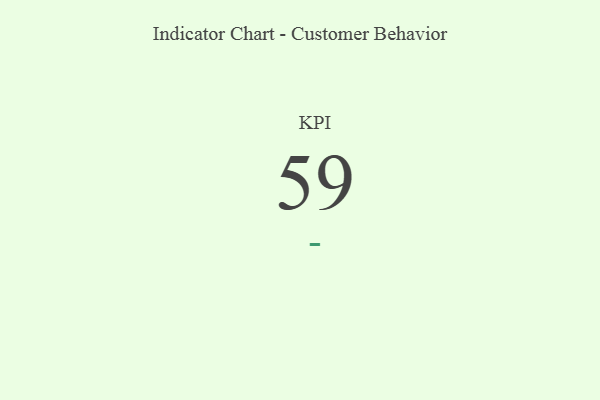
{"axis": {"x": "KPI", "y": "Value"}, "legend": [""], "data": [{"x": "KPI", "y": 59, "type": ""}]}